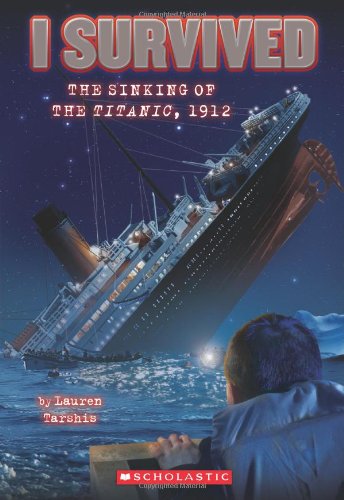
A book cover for I Survived the Sinking of the Titanic, 1912; Lauren Tarshis; Children's Books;